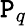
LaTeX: \mathtt{P}_{q}